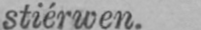
stiérwen.